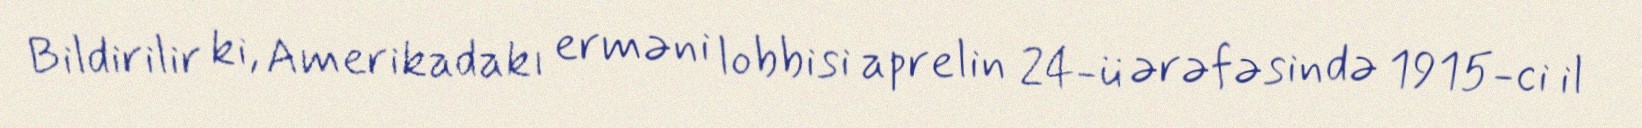
Bildirilir ki, Amerikadakı erməni lobbisi aprelin 24-ü ərəfəsində 1915-ci il